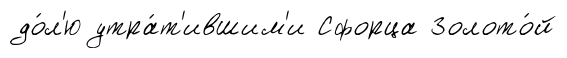
до́л'ю утра́т'ившим'и Сфорца Золото́й